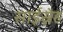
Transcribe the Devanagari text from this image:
साईस्नेह